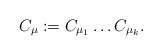
\begin{align*}C_{\mu}:=C_{\mu_1}\dots C_{\mu_k}.\end{align*}